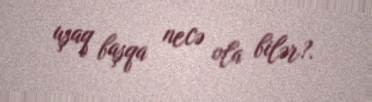
uşaq başqa necə ola bilər?.